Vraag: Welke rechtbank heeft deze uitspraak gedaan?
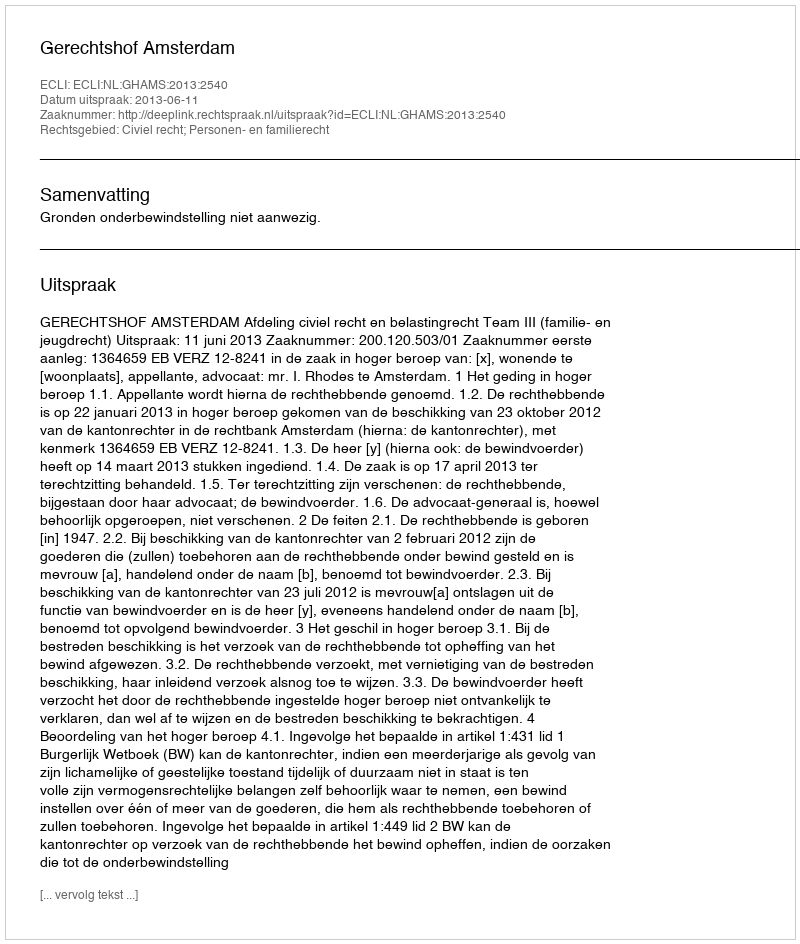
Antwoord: Gerechtshof Amsterdam